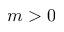
m > 0